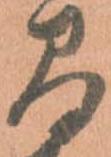
間